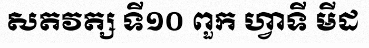
សតវត្ស ទី១០ ពួក ហ្វាទី មីដ